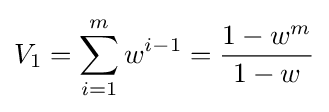
V_{1}=\sum _{i=1}^{m}{w^{i-1}}={\frac {1-w^{m}}{1-w}}